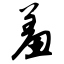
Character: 羞